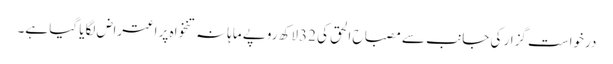
درخواست گزار کی جانب سے مصباح الحق کی 32لاکھ روپے ماہانہ تنخواہ پر اعتراض لگایا گیا ہے۔